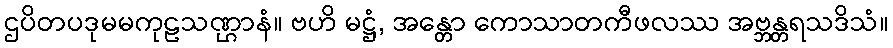
ဌပိတပဒုမမကုဠသဏ္ဌာနံ။ ဗဟိ မဋ္ဌံ, အန္တော ကောသာတကီဖလဿ အဗ္ဘန္တရသဒိသံ။